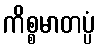
ကိစ္စမာတပ္ပံ